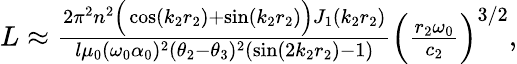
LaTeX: \begin{array}{r}{L\approx\frac{2\pi^{2}n^{2}\Big(\cos(k_{2}r_{2})+\sin(k_{2}r_{2})\Big)J_{1}(k_{2}r_{2})}{l\mu_{0}(\omega_{0}\alpha_{0})^{2}(\theta_{2}-\theta_{3})^{2}(\sin(2k_{2}r_{2})-1)}\Big(\frac{r_{2}\omega_{0}}{c_{2}}\Big)^{3/2},}\end{array}